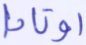
أوتادا